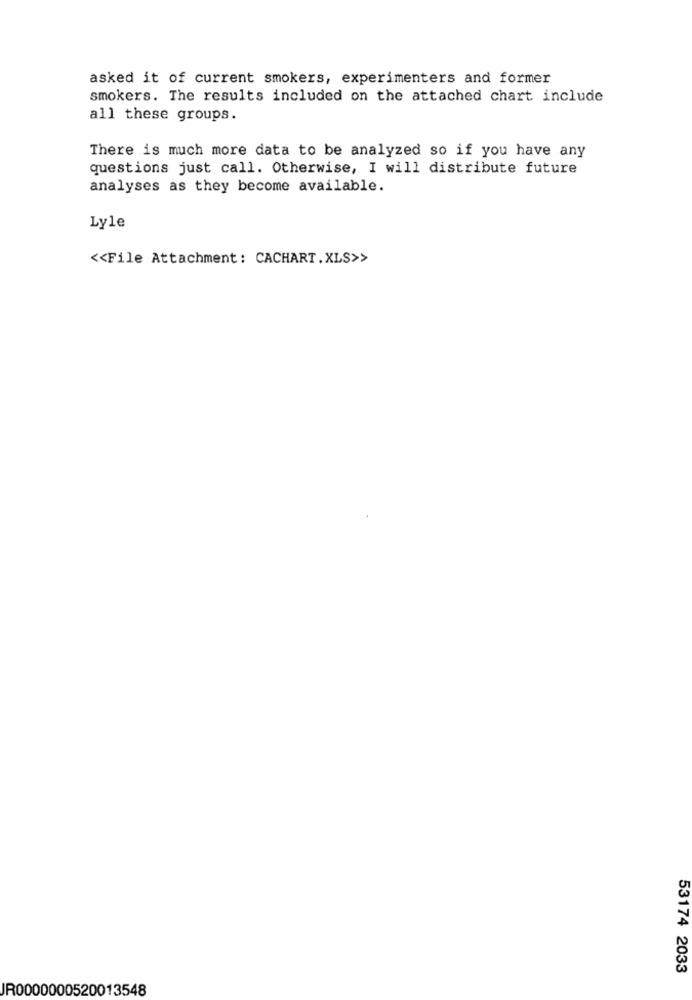
asked it of current smokers, experimenters and former
smokers. The results included on the attached chart include
all these groups.
There is much more data to be analyzed so if you have any
questions just call. Otherwise, I will distribute future
analyses as they become available.
Lyle
<< File Attachment: CACHART.XLS>>
53174 2033
JR0000000520013548